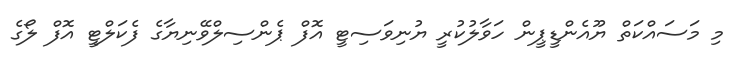
މި މަސައްކަތް ޔޫއެންޑީޕީން ހަވާލުކުރީ ޔުނިވަސިޓީ އޮފް ޕެންސިލްވޭނިޔާގެ ފެކަލްޓީ އޮފް ލޯގެ